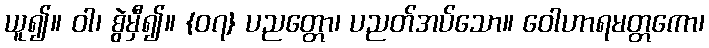
ယူ၍။ ဝါ၊ စွဲမှီ၍။ {၀၇} ပညတ္တော၊ ပညတ်အပ်သော။ ဝေါဟာရမတ္တကော၊